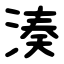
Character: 湊